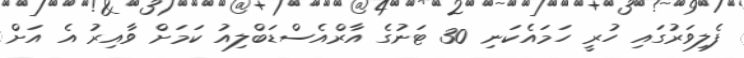
ފެލިވަރުގައި ހުރީ ހަމައެކަނި 30 ޓަނުގެ އާރްއެސްޑަބްލިއު ކަމަށް ވާއިރު އެ އަށް